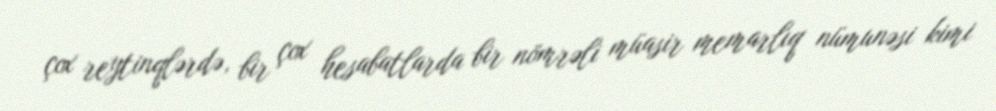
çox reytinqlərdə, bir çox hesabatlarda bir nömrəli müasir memarlıq nümunəsi kimi